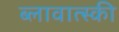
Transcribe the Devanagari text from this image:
ब्लावात्स्की